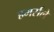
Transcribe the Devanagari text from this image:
हमर्सले